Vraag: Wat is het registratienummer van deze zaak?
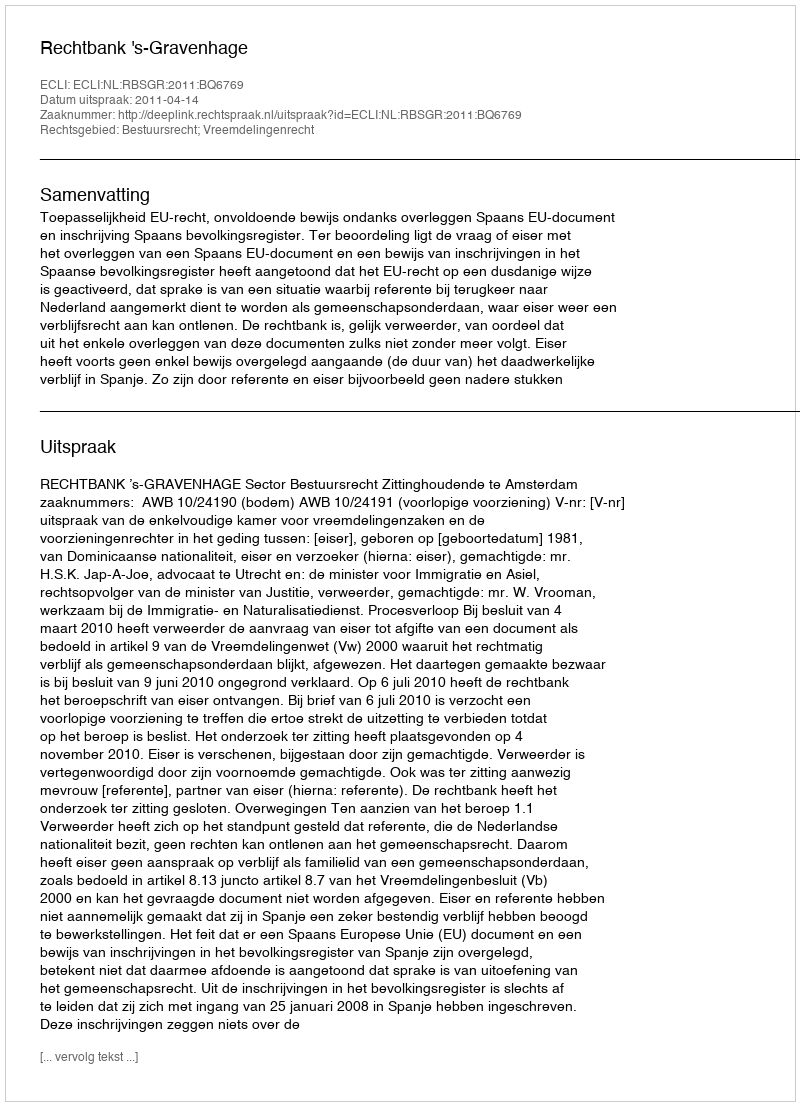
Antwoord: http://deeplink.rechtspraak.nl/uitspraak?id=ECLI:NL:RBSGR:2011:BQ6769